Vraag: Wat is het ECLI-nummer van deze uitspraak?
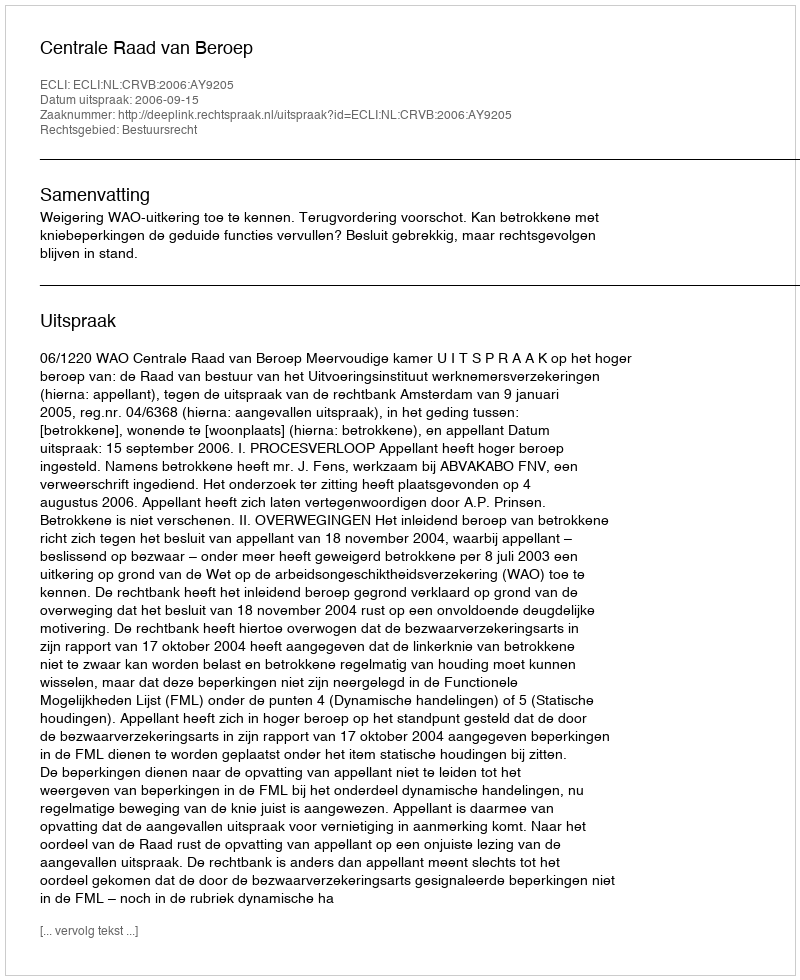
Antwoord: ECLI:NL:CRVB:2006:AY9205